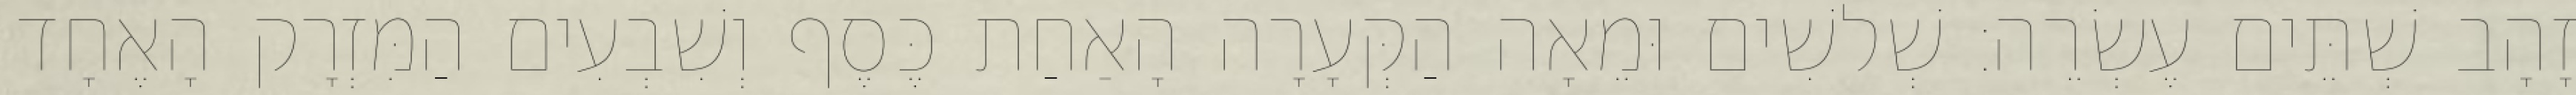
זָהָב שְׁתֵּים עֶשְׂרֵה׃ שְׁלשִׁים וּמֵאָה הַקְּעָרָה הָאַחַת כֶּסֶף וְשִׁבְעִים הַמִּזְרָק הָאֶחָד